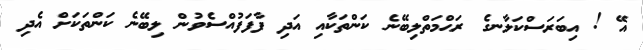
އޭ ! އިބަރަސްކަލާނގެ ރަޙްމަތްލިބޭނެ ކަންތަކާއި އަދި ފާފަފުއްސެވުން ލިބޭނެ ކަންތަކަށް އެދި